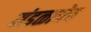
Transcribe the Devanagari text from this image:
मंडळाचेच